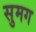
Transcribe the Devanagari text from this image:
सुमग